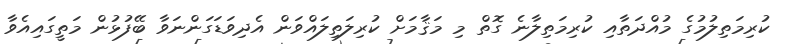
ކުރިމަތިލުމުގެ މުއްދަތާއި ކުރިމަތިލާނެ ގޮތް މި މަޤާމަށް ކުރިލަތިލައްވަން އެދިވަޑަގަންނަވާ ބޭފުޅުން މަތީގައިއެވާ